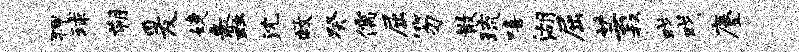
狎球朔爰婕蠡沈救癸儒屈笏散琉嘻湖屈芸叔戏戏麈